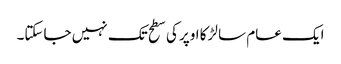
ایک عام سا لڑکا اوپر کی سطح تک نہیں جاسکتا۔